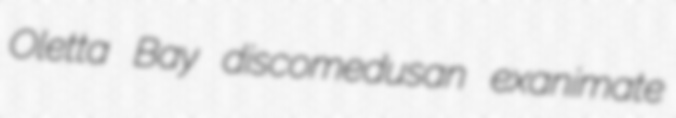
Oletta Bay discomedusan exanimate